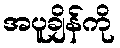
အပူချိန်ကို